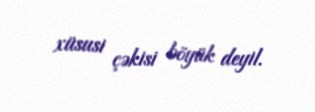
xüsusi çəkisi böyük deyil.